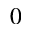
0